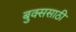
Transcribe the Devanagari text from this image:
बुक्ससाठी